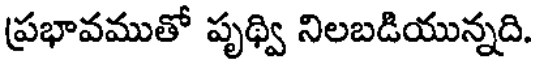
ప్రభావముతో పృథ్వి నిలబడియున్నది.